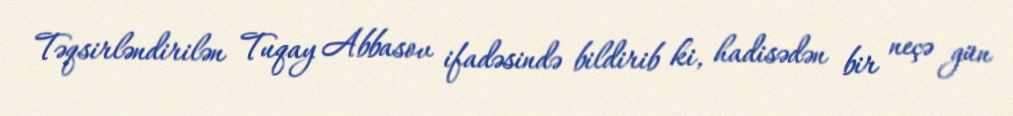
Təqsirləndirilən Tuqay Abbasov ifadəsində bildirib ki, hadisədən bir neçə gün